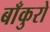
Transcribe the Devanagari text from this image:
बाँकुरो